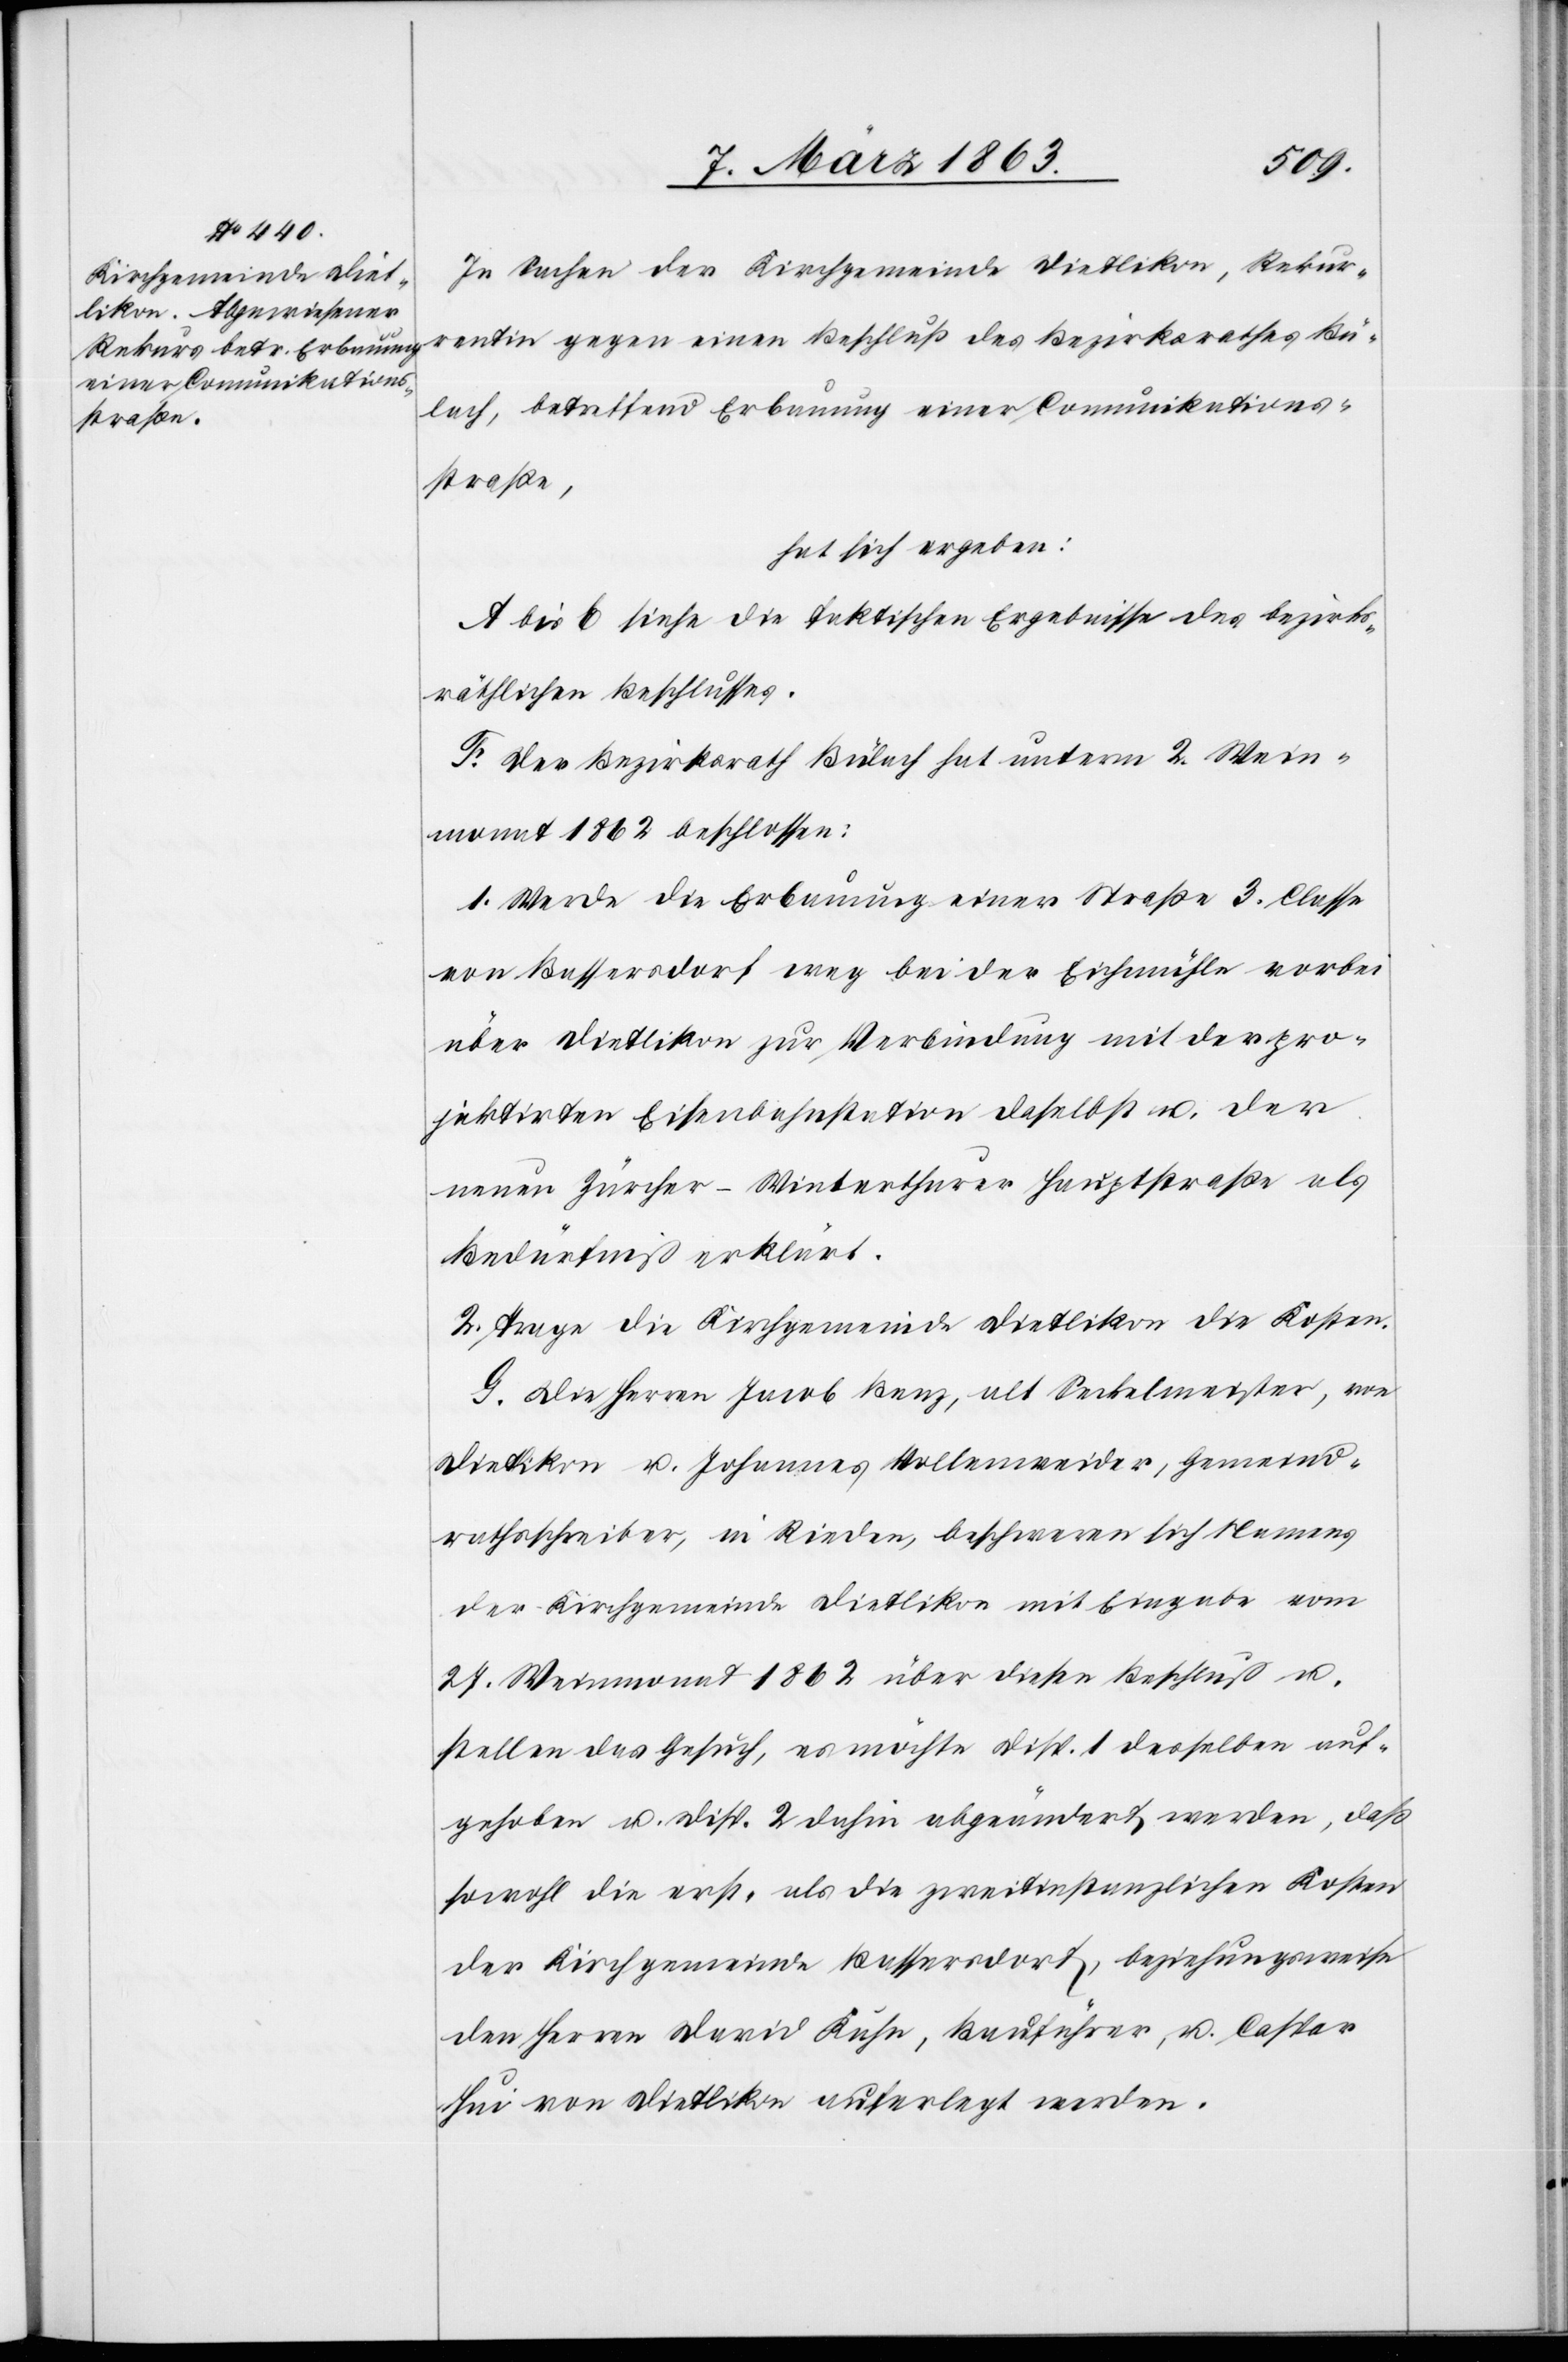
In Sachen der Kirchgemeinde Dietlikon, Rekur¬
rentin gegen einen Beschluß des Bezirksrathes Bü¬
lach, betreffend Erbauung einer Komunikations¬
straße,
hat sich ergeben:
A bis E siehe die faktischen Ergebnisse des bezirks¬
räthlichen Beschlusses.
F. Der Bezirksrath Bülach hat unterm 2. Wein¬
monat 1862 beschlossen:
1. Werde die Erbauung einer Straße 3. Classe
von Bassersdorf weg bei der Eichmühle vorbei
über Dietlikon zur Verbindung mit der pro¬
jektirten Eisenbahnstation daselbst u. der
neuen Zürcher-Winterthurer Hauptstraße als
Bedürfniß erklärt.
2. Trage die Kirchgemeinde Dietlikon die Kosten.
G. Die Herren Jacob Benz, alt Seckelmeister, von
Dietlikon u. Johannes Vollenweider, Gemeind¬
rathsschreiber, in Rieden, beschweren sich Namens
der Kirchgemeinde Dietlikon mit Eingabe vom
27. Weinmonat 1862 über diesen Beschluß u.
stellen das Gesuch, es möchte Disp. 1 desselben auf¬
gehoben u. Disp. 2 dahin abgeändert werden, daß
sowohl die erst- als die zweitinstanzlichen Kosten
der Kirchgemeinde Bassersdorf, beziehungsweise
den Herren David Kühn, Bauführer, u. Caspar
Hui von Dietlikon auferlegt werden.